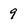
Character: 9